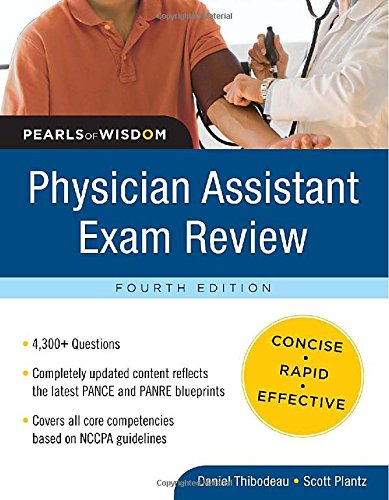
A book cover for Physician Assistant Exam Review:  Pearls of Wisdom, Fourth Edition; Daniel Thibodeau; Medical Books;